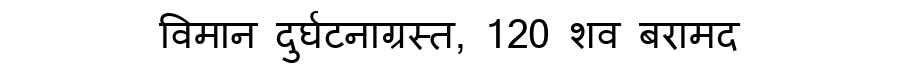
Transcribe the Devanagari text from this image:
विमान दुर्घटनाग्रस्त, 120 शव बरामद